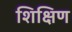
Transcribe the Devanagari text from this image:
शिक्षिण